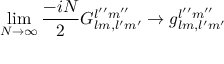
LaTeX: \operatorname * { l i m } _ { N \rightarrow \infty } \frac { - i N } { 2 } G _ { l m , l ^ { \prime } m ^ { \prime } } ^ { l ^ { \prime \prime } m ^ { \prime \prime } } \rightarrow g _ { l m , l ^ { \prime } m ^ { \prime } } ^ { l ^ { \prime \prime } m ^ { \prime \prime } }